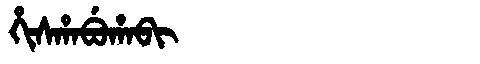
Manchu: ᡥᡳᠰᡥᠠᠪᡠᡥᠠᠪᡳ
Romanization: HISHABUHABI